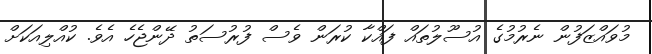
މުވައްޒަފުން ނެރުމުގެ އުސޫލުތައް ފައްކާ ކުރަން ވެސް ފުރުސަތު ދޭންޖެހެ އެވެ. ކުއްލިއަކަށް